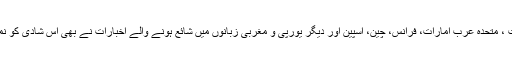
یہی نہیں بلکہ بھارت ، متحدہ عرب امارات، فرانس، چین، اسپین اور دیگر یورپی و مغربی زبانوں میں شائع ہونے والے اخبارات نے بھی اس شادی کو نمایاں کوریج دی ہے۔